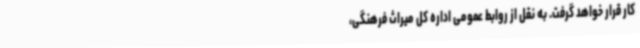
کار قرار خواهد گرفت. به نقل از روابط عمومی اداره کل میراث فرهنگی،